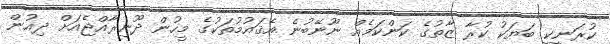
ކުރަނީކީ ބަޔަކު ކުރާ ޒާތުގެ ކަންކަމެއް ނޫނޭބުނެ އެޤައުމުތަކުގެ މީހުން ދޫނިރާއްޖެއަށް ދިއުން